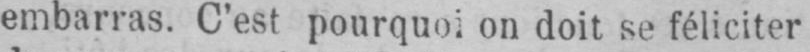
embarras. C’est pourquoi on doit se féliciter